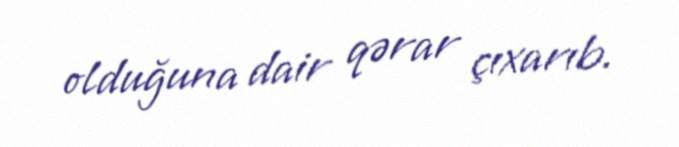
olduğuna dair qərar çıxarıb.